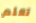
تعلم